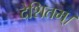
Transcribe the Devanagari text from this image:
देशितम्।